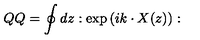
Q Q = \oint d z : \exp \left( i k \cdot X ( z ) \right) :